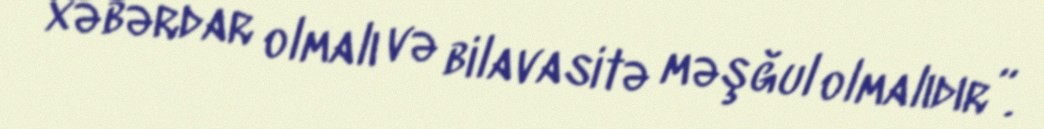
xəbərdar olmalı və bilavasitə məşğul olmalıdır”.